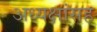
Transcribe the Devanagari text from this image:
अध्यक्षांसह